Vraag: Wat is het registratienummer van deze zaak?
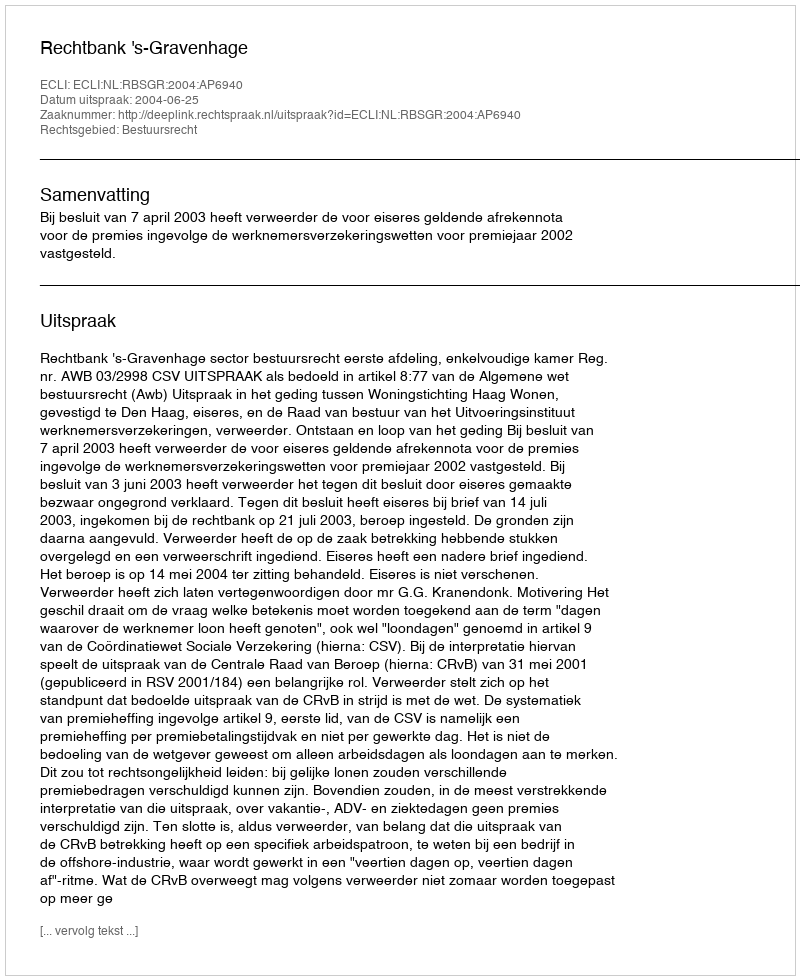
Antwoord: http://deeplink.rechtspraak.nl/uitspraak?id=ECLI:NL:RBSGR:2004:AP6940